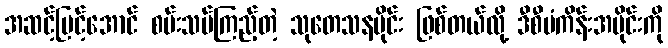
အဆင့်မြင့်အောင် စမ်းသပ်ကြည့်တဲ့ သုတေသနပိုင်း ဖြစ်တယ်လို့ ဒီစီမံကိန်းအပိုင်းကို